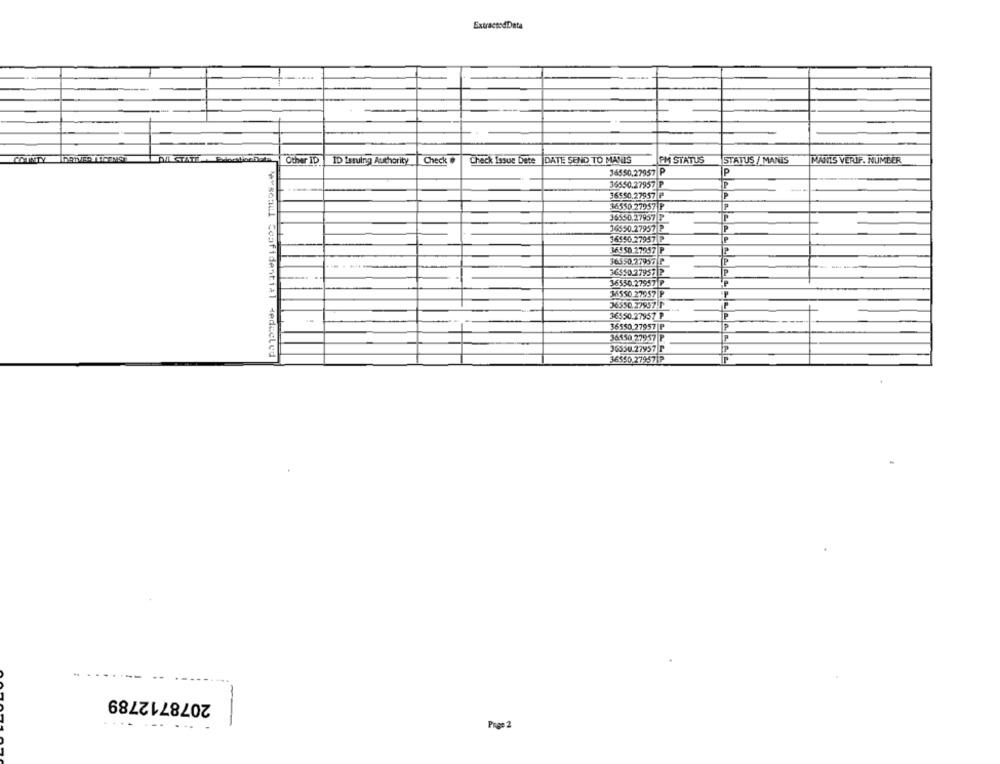
ExtractedData
COUNTY
Other ID |ID Issuing Authority
Check
Check Issue Dete |DATE SEND TO MAYIS
FM STATUS
STATUS / MANIS
MANIS VERIF. NUMBER
36550,27957 P
P
36550.27957 P
36550.27957 P
36550 27957 P
36550.27957 P
16550.27957 P
36550.27957 P
36450 27957 P
36$50.27957|P
36550.27957 P
35SO 27957 P
36550.27957 P
36550.27957 P
36550.27957 P
36550.27957 P.
36550.27957 P
Personel Confidential deducted
36550.27957|P
2078712789
......
Page 2